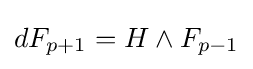
dF_{p+1}=H\wedge F_{p-1}